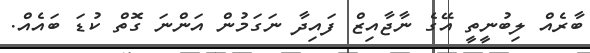
ބާރެއް ލިބުނީތީ އޭގެ ނާޖާއިޒް ފައިދާ ނަގަމުން އަންނަ ގޮތް ކުޑަ ބައެއް.